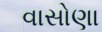
વાસોણા